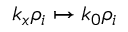
k _ { x } \rho _ { i } \mapsto k _ { 0 } \rho _ { i }